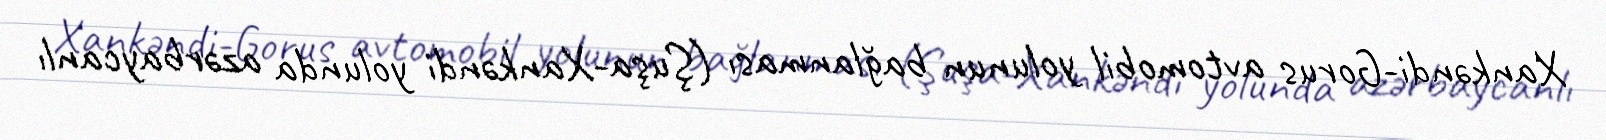
Xankəndi-Gorus avtomobil yolunun bağlanması (Şuşa-Xankəndi yolunda azərbaycanlı